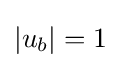
\left|u_{b}\right|=1